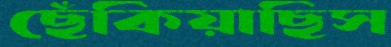
ছেঁকিয়াছিস